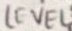
Text: LEVEL